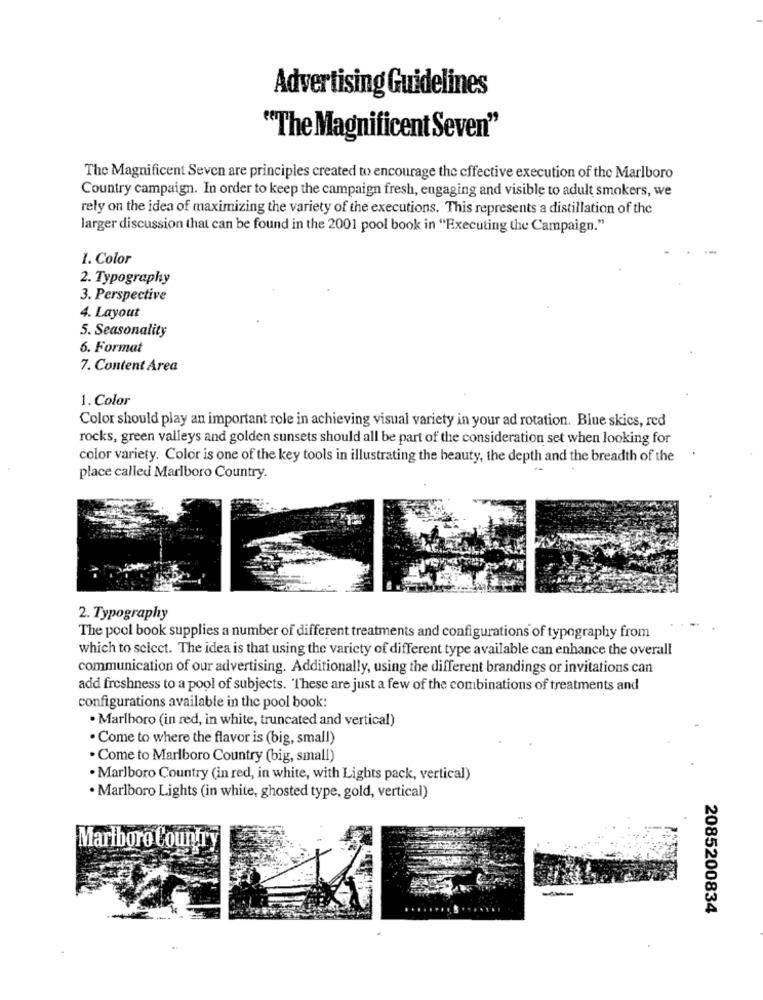
Advertising Guidelines
"The Magnificent Seven"
The Magnificent Seven are principles created to encourage the effective execution of the Marlboro
Country campaign. In order to keep the campaign fresh, engaging and visible to adult smokers, we
rely on the idea of maximizing the variety of the executions. This represents a distillation of the
larger discussion that can be found in the 2001 pool book in "Executing the Campaign."
1. Color
2. Typography
3. Perspective
4. Layout
5. Seasonality
6. Format
7. Content Area
1. Color
Color should play an important role in achieving visual variety in your ad rotation. Blue skics, red
rocks, green valleys and golden sunsets should all be part of the consideration set when looking for
color variety. Color is one of the key tools in illustrating the beauty, the depth and the breadth of the
place called Marlboro Country.
2. Typography
The pool book supplies a number of different treatments and configurations of typography from
which to select. The idea is that using the variety of different type available can enhance the overall
communication of our advertising. Additionally, using the different brandings or invitations can
add freshness to a pool of subjects. These are just a few of the combinations of treatments and
configurations available in the pool book:
· Marlboro (in red, in white, truncated and vertical)
. Come to where the flavor is (big, small)
· Come to Marlboro Country (big, small)
. Marlboro Country (in red, in white, with Lights pack, vertical)
· Marlboro Lights (in white, ghosted type, gold, vertical)
Marlboro Country
2085200834